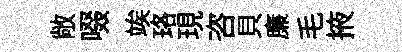
敞啜竢珞現咨貝廉毛掖